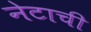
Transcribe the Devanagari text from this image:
नेटाची